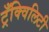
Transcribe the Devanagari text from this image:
ट्रँक्विलिटी